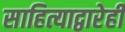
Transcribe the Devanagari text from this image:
साहित्याद्वारेही